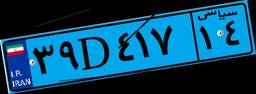
۳۹D۴۱۷۱۴